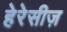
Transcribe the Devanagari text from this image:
हेरेसीज़